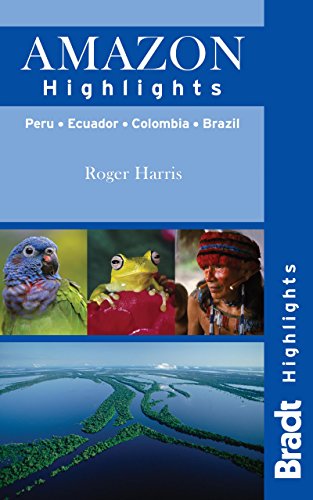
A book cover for Amazon Highlights: Peru Â· Ecuador Â· Colombia Â· Brazil (Bradt Highlights Amazon); Roger Harris; Travel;